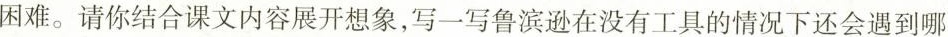
困难。请你结合课文内容展开想象，写一写鲁滨逊在没有工具的情况下还会遇到哪